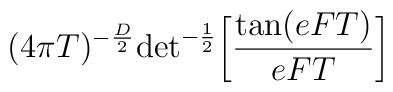
(4\pi T)^{-{D\over 2}}{\rm det}^{-{1\over 2}}\biggl[{{\rm tan}(eFT)\over eFT}\biggr]\quad \\